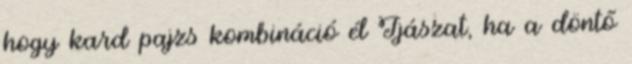
hogy kard pajzs kombináció él Íjászat, ha a döntő